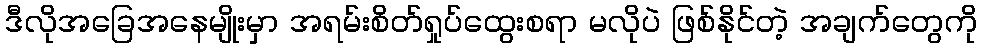
ဒီလိုအခြေအနေမျိုးမှာ အရမ်းစိတ်ရှုပ်ထွေးစရာ မလိုပဲ ဖြစ်နိုင်တဲ့ အချက်တွေကို